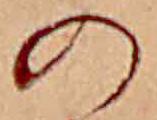
の